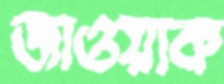
জাওয়াক